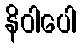
နိဝါပေါ